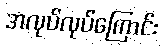
အလုပ်လုပ်ကြောင်း